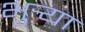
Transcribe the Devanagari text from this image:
भुर्‍या